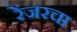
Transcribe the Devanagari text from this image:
रेंजरचा